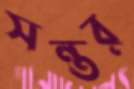
সন্তর